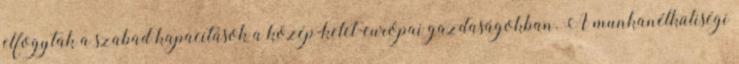
elfogytak a szabad kapacitások a közép-kelet-európai gazdaságokban. A munkanélküliségi